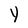
Character: y